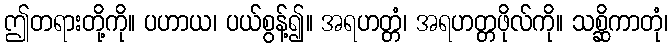
ဤတရားတို့ကို။ ပဟာယ၊ ပယ်စွန့်၍။ အရဟတ္တံ၊ အရဟတ္တဖိုလ်ကို။ သစ္ဆိကာတုံ၊